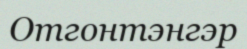
Отгонтэнгэр